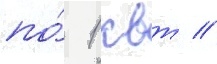
по́ 1 квт //